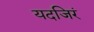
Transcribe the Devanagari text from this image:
यदजिरं